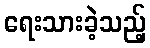
ရေးသားခဲ့သည့်